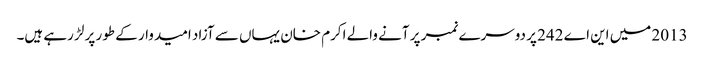
2013 میں این اے 242 پر دوسرے نمبر پر آنے والے اکرم خان یہاں سے آزاد امیدوار کے طور پر لڑ رہے ہیں۔